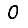
Digit: 0